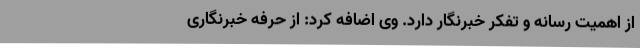
از اهمیت رسانه و تفکر خبرنگار دارد. وی اضافه کرد: از حرفه خبرنگاری